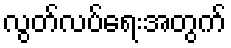
လွတ်လပ်ရေးအတွက်